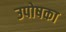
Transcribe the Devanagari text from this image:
उपोषका